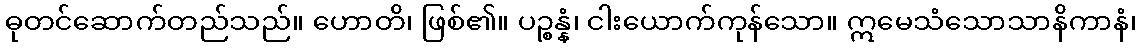
ဓုတင်ဆောက်တည်သည်။ ဟောတိ၊ ဖြစ်၏။ ပဉ္စန္နံ၊ ငါးယောက်ကုန်သော။ ဣမေသံသောသာနိကာနံ၊